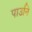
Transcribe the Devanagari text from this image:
पाउनि